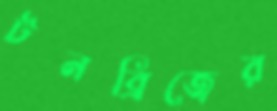
টনব্রিজের